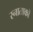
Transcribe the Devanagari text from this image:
स्नाताकों